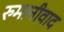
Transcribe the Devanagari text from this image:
रुमानीवाद